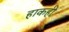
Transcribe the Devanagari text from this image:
हाकही